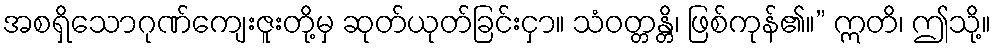
အစရှိသောဂုဏ်ကျေးဇူးတို့မှ ဆုတ်ယုတ်ခြင်းငှာ။ သံဝတ္တန္တိ၊ ဖြစ်ကုန်၏။” ဣတိ၊ ဤသို့။